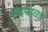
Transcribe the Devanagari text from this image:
चिंचाळा